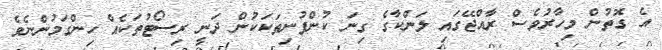
އެ ގޮތުން މިހާރުވެސް ރާއްޖޭގައި ލަންކާގެ ގިނަ ކުންފުނިތަކަކުން ދަނީ ރިސޯޓުތަކެއް ހިންގަމުންނެވެ